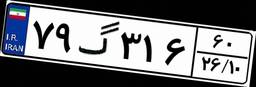
۷۹گ۳۱۶۶۰